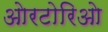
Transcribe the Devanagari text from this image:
ओरटोरिओ